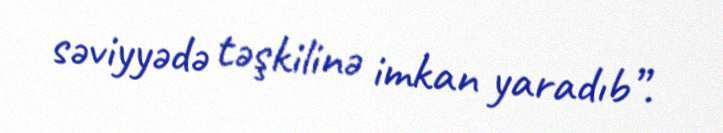
səviyyədə təşkilinə imkan yaradıb”.